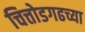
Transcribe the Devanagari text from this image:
चित्तोडगढच्या